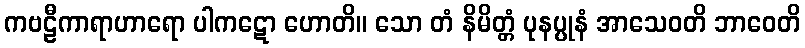
ကဗဠီကာရာဟာရော ပါကဋော ဟောတိ။ သော တံ နိမိတ္တံ ပုနပ္ပုနံ အာသေဝတိ ဘာဝေတိ